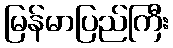
မြန်မာပြည်ကြီး